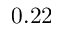
0 . 2 2